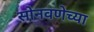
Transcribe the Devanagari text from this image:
सोनवणेच्या